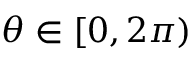
\theta \in [ 0 , 2 \pi )